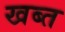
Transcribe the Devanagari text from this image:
खब्त